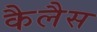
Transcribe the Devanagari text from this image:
कैलैस